Vana-Varbla_(Saulepi)_vallavalitsus, lk 2
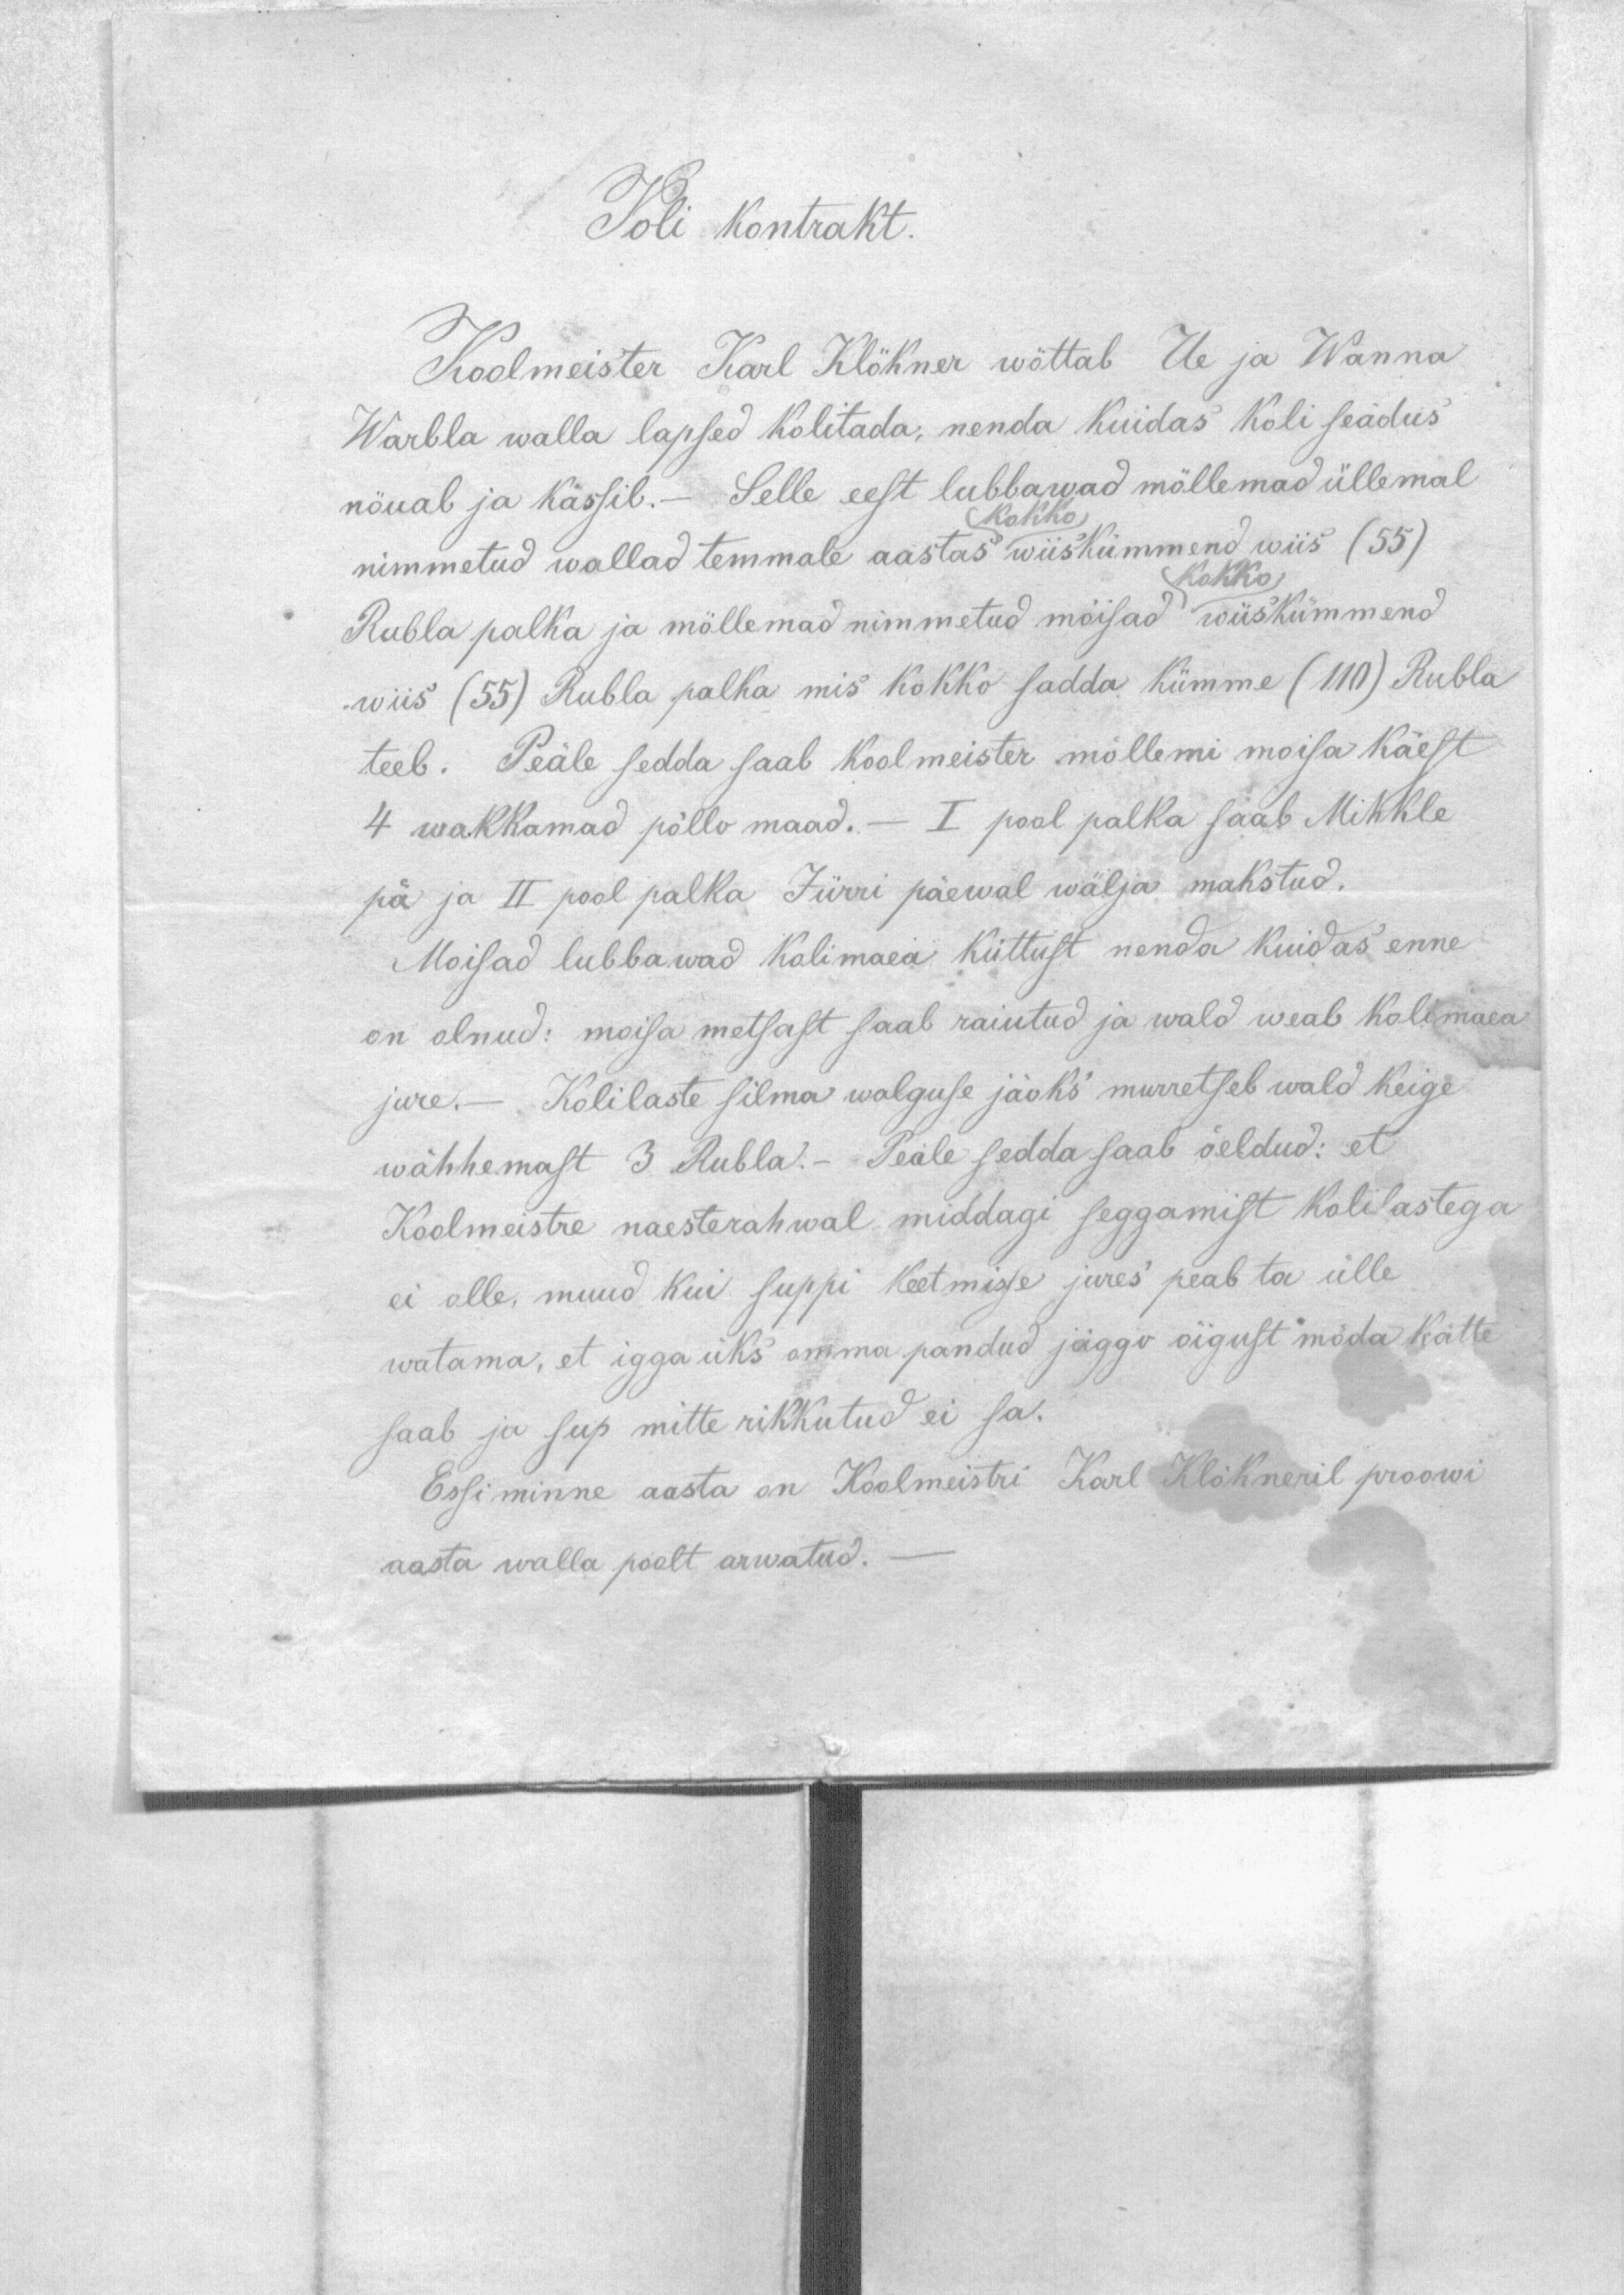
Koli kontrakt.

Koolmeister Karl Klökner wõttab Ue ja Wanna
Warbla walla lapsed kolitada, nenda kuidas koli seadus
nõuab ja kässib. - Selle eest lubbawad mõllemad üllemal
nimmetud wallad temmale aastas wiiskümmend wiis (55).
Kokko
Kokko
Rubla palka ja mõllemad nimmetud mõisad wiiskümmend
wiis (55) Rubla palka mis kokko sadda kümme (110) Rubla
teeb. Peäle sedda saab koolmeister mõllemi moisa käest
4 wakkamad põllo maad. - I pool palka saab Mihkle
pä ja II pool palka Jürri päewal wälja makstud.
Moisad lubbawad kolimaea küttust nenda kuidas enne
on olnud: moisa metsast saab raiutud ja wald weab kolimaea
jure. - Kolilaste silma walguse jäoks murretseb wald keige
wähhemast 3 Rubla. - Peale sedda saab öeldud: et
Koolmeistre naesterahwal middagi seggamist kolilastega
ei olle muud kui suppi keetmisse jures peab ta ülle
watama, et igga üks omma pandud jäggo õigust möda kätte
saab ja sup mitte rikkutud ei sa.
Essiminne aasta on Koolmeistri Karl Klökneril proowi
aasta walla poolt arwatud.